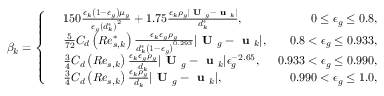
\beta _ { k } = \left\{ \begin{array} { r l r } & { 1 5 0 \frac { \epsilon _ { k } \left( 1 - \epsilon _ { g } \right) \mu _ { g } } { \epsilon _ { g } \left( d _ { k } ^ { * } \right) ^ { 2 } } + 1 . 7 5 \frac { \epsilon _ { k } \rho _ { g } | \textbf { U } _ { g } - \textbf { u } _ { k } | } { d _ { k } ^ { * } } , } & { 0 \le \epsilon _ { g } \le 0 . 8 , } \\ & { \frac { 5 } { 7 2 } C _ { d } \left( R e _ { s , k } ^ { * } \right) \frac { \epsilon _ { k } \epsilon _ { g } \rho _ { g } } { d _ { k } ^ { * } \left( 1 - \epsilon _ { g } \right) ^ { 0 . 2 9 3 } } | \textbf { U } _ { g } - \textbf { u } _ { k } | , } & { 0 . 8 < \epsilon _ { g } \le 0 . 9 3 3 , } \\ & { \frac { 3 } { 4 } C _ { d } \left( R e _ { s , k } \right) \frac { \epsilon _ { k } \epsilon _ { g } \rho _ { g } } { d _ { k } } | \textbf { U } _ { g } - \textbf { u } _ { k } | \epsilon _ { g } ^ { - 2 . 6 5 } , } & { 0 . 9 3 3 < \epsilon _ { g } \le 0 . 9 9 0 , } \\ & { \frac { 3 } { 4 } C _ { d } \left( R e _ { s , k } \right) \frac { \epsilon _ { k } \rho _ { g } } { d _ { k } } | \textbf { U } _ { g } - \textbf { u } _ { k } | , } & { 0 . 9 9 0 < \epsilon _ { g } \le 1 . 0 , } \end{array} \right.